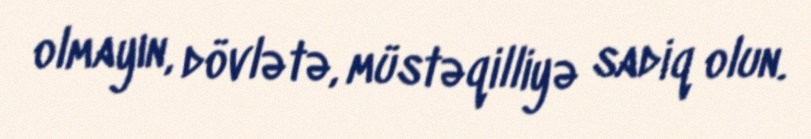
olmayın, dövlətə, müstəqilliyə sadiq olun.